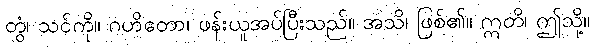
တွံ၊ သင်ကို။ ဂဟိတော၊ ဖန်းယူအပ်ပြီးသည်။ အသိ၊ ဖြစ်၏။ ဣတိ၊ ဤသို့။